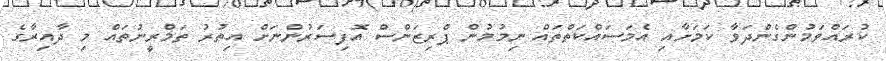
ކުރައްވަމުންގެންދަވާ ކަމަށާއި އެމަސައްކަތްތައް ނިމުމުން ޕްރިޒަންސް އޮފިސަރުންނަށް އިތުރު ތަމްރީނުތައް މި ދާއިރާގެ